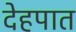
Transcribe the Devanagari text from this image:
देहपात